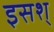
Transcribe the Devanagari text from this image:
इसश्